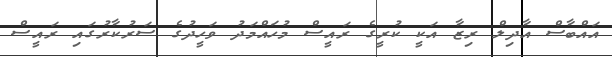
އައްބާސް އާދިލް ރިޒާ އަކީ ކުރީގެ ރައީސް މުހައްމަދު ވަހީދުގެ ސަރުކާރުގައި ރައީސް